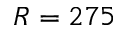
R = 2 7 5